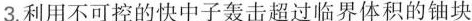
3.利用不可控的快中子轰击超过临界体积的铀块